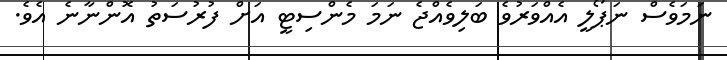
ނަމަވެސް ނަޕޯލީ އެއްވަރުވެ ބަލިވެއްޖެ ނަމަ މެންސިޓީ އަށް ފުރުސަތު އޮންނާނެ އެވެ.